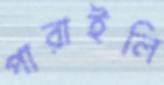
পারাইলি